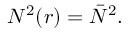
N ^ { 2 } ( r ) = \bar { N } ^ { 2 } .